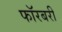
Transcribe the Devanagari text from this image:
फॉरबरी